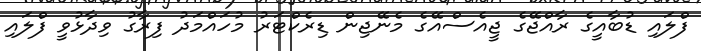
ފްލައި ޑުބާއީގެ ރާއްޖޭގެ ޖީއެސްއޭގެ މެނޭޖިން ޑިރެކްޓަރު މުހައްމަދު ފިރާގު ވިދާޅުވީ ފްލައި